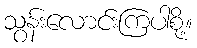
သွန်းလောင်းကြပါစို့။